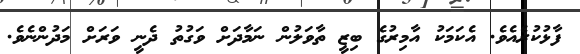
ފާޅުކުރެއެވެ. އެކަމަކު އާމިރުގެ ބިޒީ ތާވަލުން ނަމާދަށް ވަގުތު ދެެނީ ވަރަށް މަދުންނެވެ.